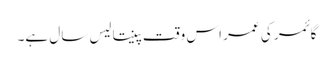
گائمر کی عمر اس وقت پینتالیس سال ہے۔